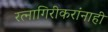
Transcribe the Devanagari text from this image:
रत्नागिरीकरांनाही